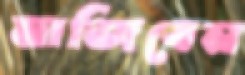
মাজিবেন